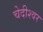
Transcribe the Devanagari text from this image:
चेदीश्वर